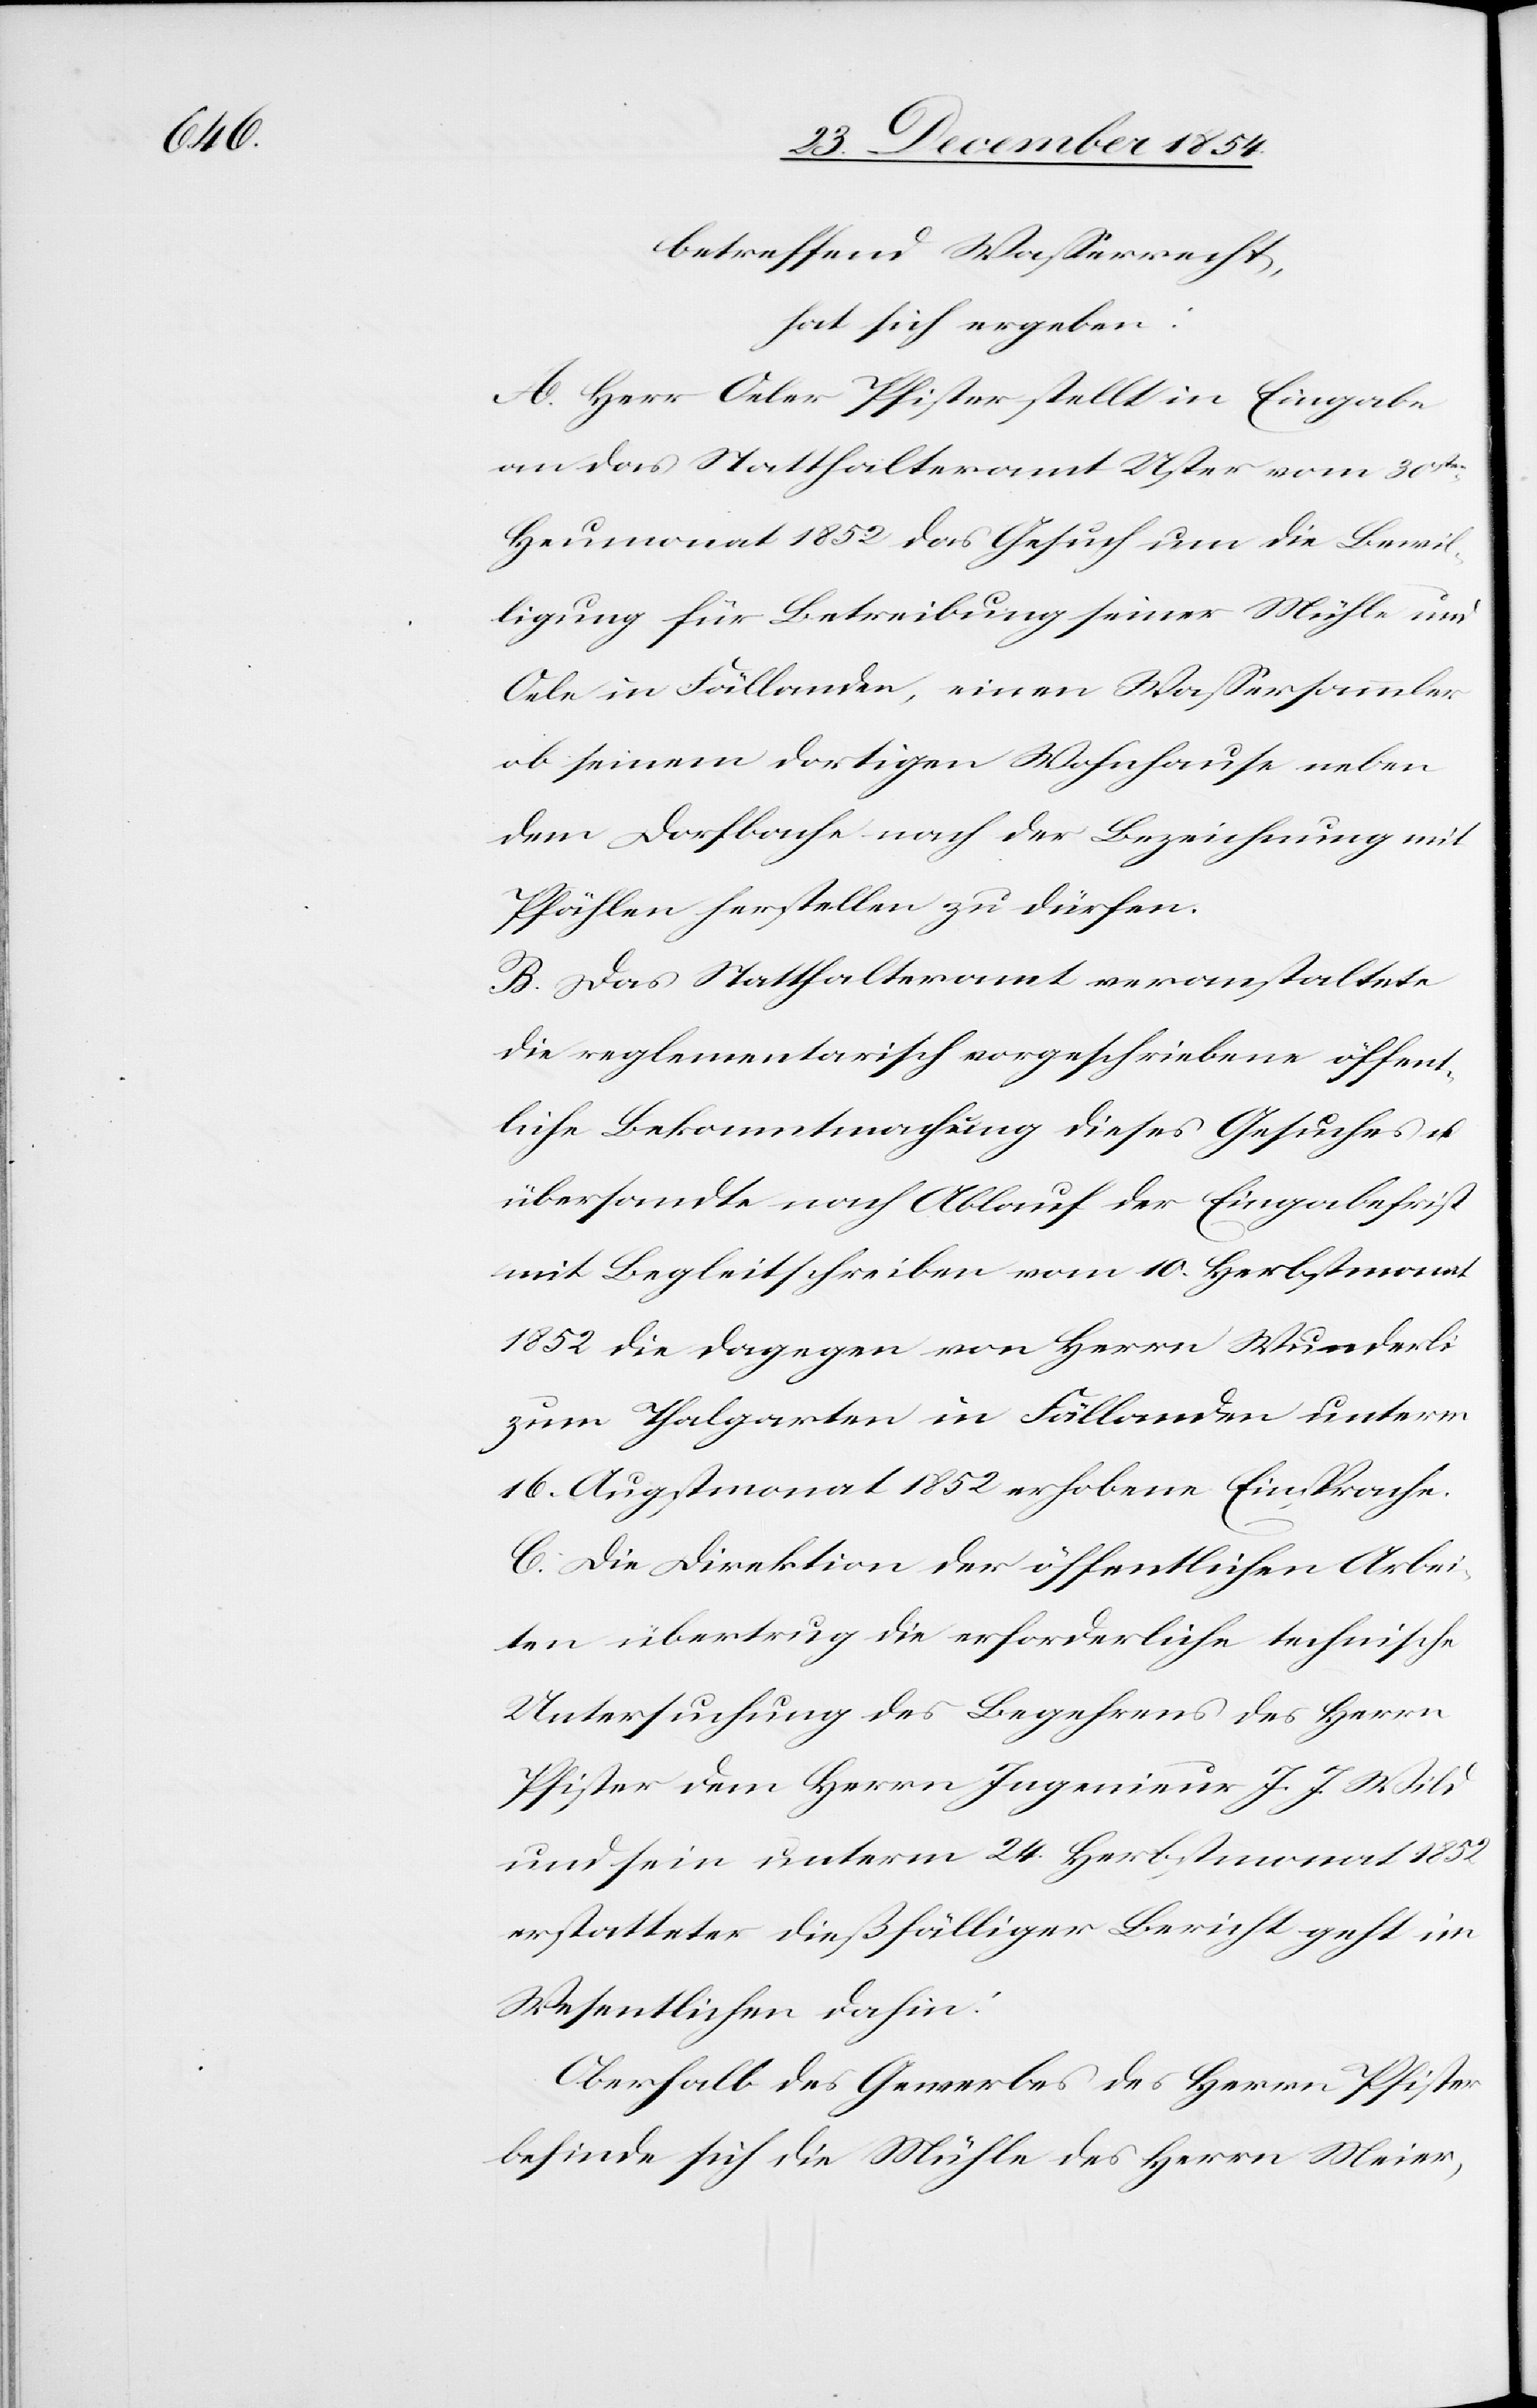
betreffend Waßerrecht,
hat sich ergeben:
A. Herr Oeler Pfister stellt in Eingabe
an das Statthalteramt Uster vom 30sten
Heumonat 1852 das Gesuch um die Bewil¬
ligung für Betreibung seiner Mühle und
Oele in Fällanden, einen Waßersammler
ob seinem dortigen Wohnhause neben
dem Dorfbache nach der Bezeichnung mit
Pfählen herstellen zu dürfen.
B. Das Statthalteramt veranstaltete
die reglementarisch vorgeschriebene öffent¬
liche Bekanntmachung dieses Gesuches u.
übersandte nach Ablauf der Eingabefrist
mit Begleitschreiben vom 10. Herbstmonat
1852 die dagegen von Herrn Wunderli
zum Thalgarten in Fällanden unterm
16. Augstmonat 1852 1852 erhobene Einsprache.
C. Die Direktion der öffentlichen Arbei¬
ten übertrug die erforderliche technische
Untersuchung des Begehrens des Herrn
Pfister dem Herrn Ingenieur J. J. Wild
und sein unterm 24. Herbstmonat 1852
erstatteter dießfälliger Bericht geht im
Wesentlichen dahin:
Oberhalb des Gewerbes des Herrn Pfister
befinde sich die Mühle des Herrn Meier,